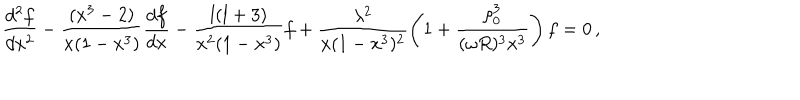
\frac { d ^ { 2 } f } { d x ^ { 2 } } - \frac { ( x ^ { 3 } - 2 ) } { x ( 1 - x ^ { 3 } ) } \frac { d f } { d x } - \frac { l ( l + 3 ) } { x ^ { 2 } ( 1 - x ^ { 3 } ) } f + \frac { \lambda ^ { 2 } } { x ( 1 - x ^ { 3 } ) ^ { 2 } } \left( 1 + \frac { \rho _ { 0 } ^ { 3 } } { ( \omega R ) ^ { 3 } x ^ { 3 } } \right) f = 0 \, ,